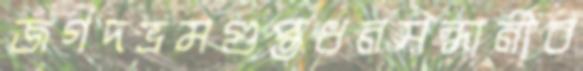
জগদভ্রমগুপ্তধনসন্ধানীব